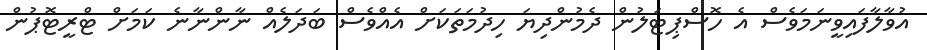
އުވާލާފައިވީނަމަވެސް އެ ހޮސްޕިޓަލުން ދެމުންދިޔަ ހިދުމަތަކަށް އެއްވެސް ބަދަލެއް ނާންނާނެ ކަމަށް ޓްރީޓޮޕުން